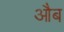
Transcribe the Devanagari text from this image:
औब